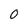
Character: 0